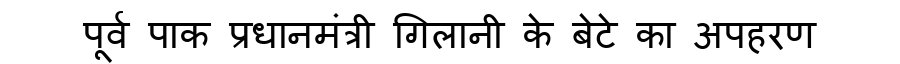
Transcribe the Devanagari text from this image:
पूर्व पाक प्रधानमंत्री गिलानी के बेटे का अपहरण